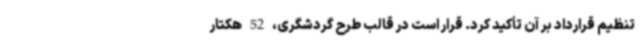
تنظیم قرارداد بر آن تأکید کرد. قرار است در قالب طرح گردشگری، 52 هکتار